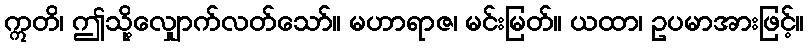
ဣတိ၊ ဤသို့လျှောက်လတ်သော်။ မဟာရာဇ၊ မင်းမြတ်။ ယထာ၊ ဥပမာအားဖြင့်။